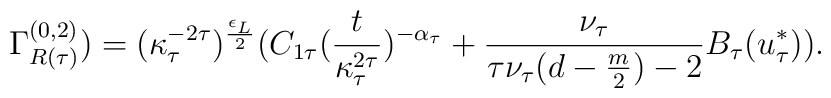
\Gamma_{R (\tau)}^{(0,2)}) = (\kappa_{\tau}^{-2 \tau})^{\frac{\epsilon_{L}}{2}} (C_{1 \tau} (\frac{t}{\kappa_{\tau}^{2 \tau}})^{- \alpha_{\tau}} + \frac{\nu_{\tau}}{\tau \nu_{\tau}(d - \frac{m}{2}) -2} B_{\tau}(u_{\tau}^{*})).